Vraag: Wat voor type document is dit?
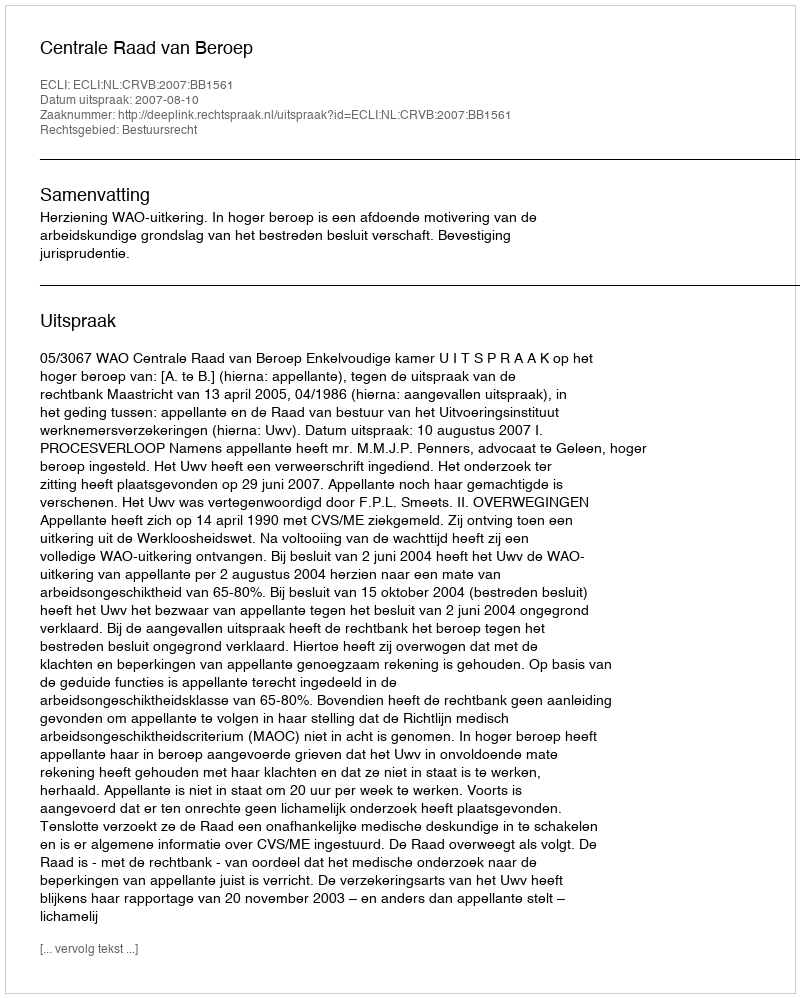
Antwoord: Uitspraak